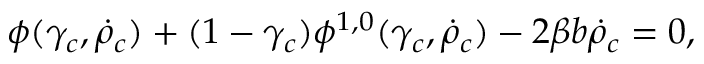
\phi ( \gamma _ { c } , \dot { \rho } _ { c } ) + ( 1 - \gamma _ { c } ) \phi ^ { 1 , 0 } ( \gamma _ { c } , \dot { \rho } _ { c } ) - 2 \beta b \dot { \rho } _ { c } = 0 ,